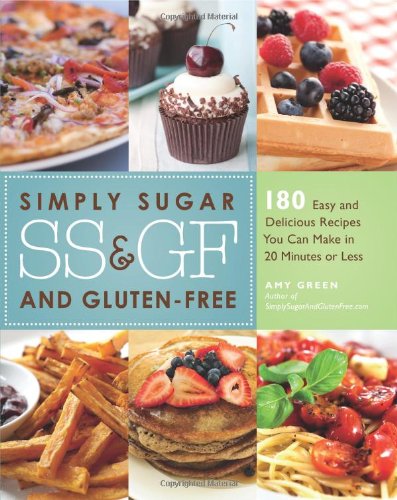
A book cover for Simply Sugar and Gluten-Free: 180 Easy and Delicious Recipes You Can Make in 20 Minutes or Less; Amy Green; Cookbooks, Food & Wine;